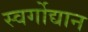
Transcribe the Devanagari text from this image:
स्वर्गोद्यान